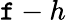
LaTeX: \mathtt{f}-h